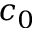
c _ { 0 }